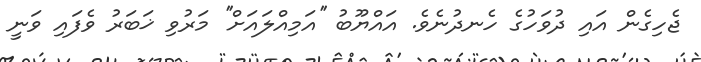
ޖެހިގެން އައި ދުވަހުގެ ހެނދުނެވެ. އައްޔޫބު ''އަމިއްލައަށް'' މަރުވި ޚަބަރު ވެފައި ވަނީ